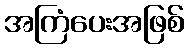
အကြံပေးအဖြစ်